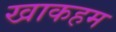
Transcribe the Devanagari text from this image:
खाकहम